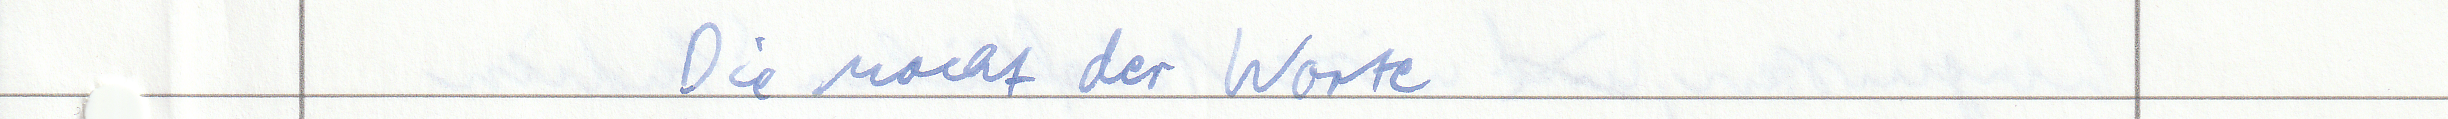
Die Macht der Worte